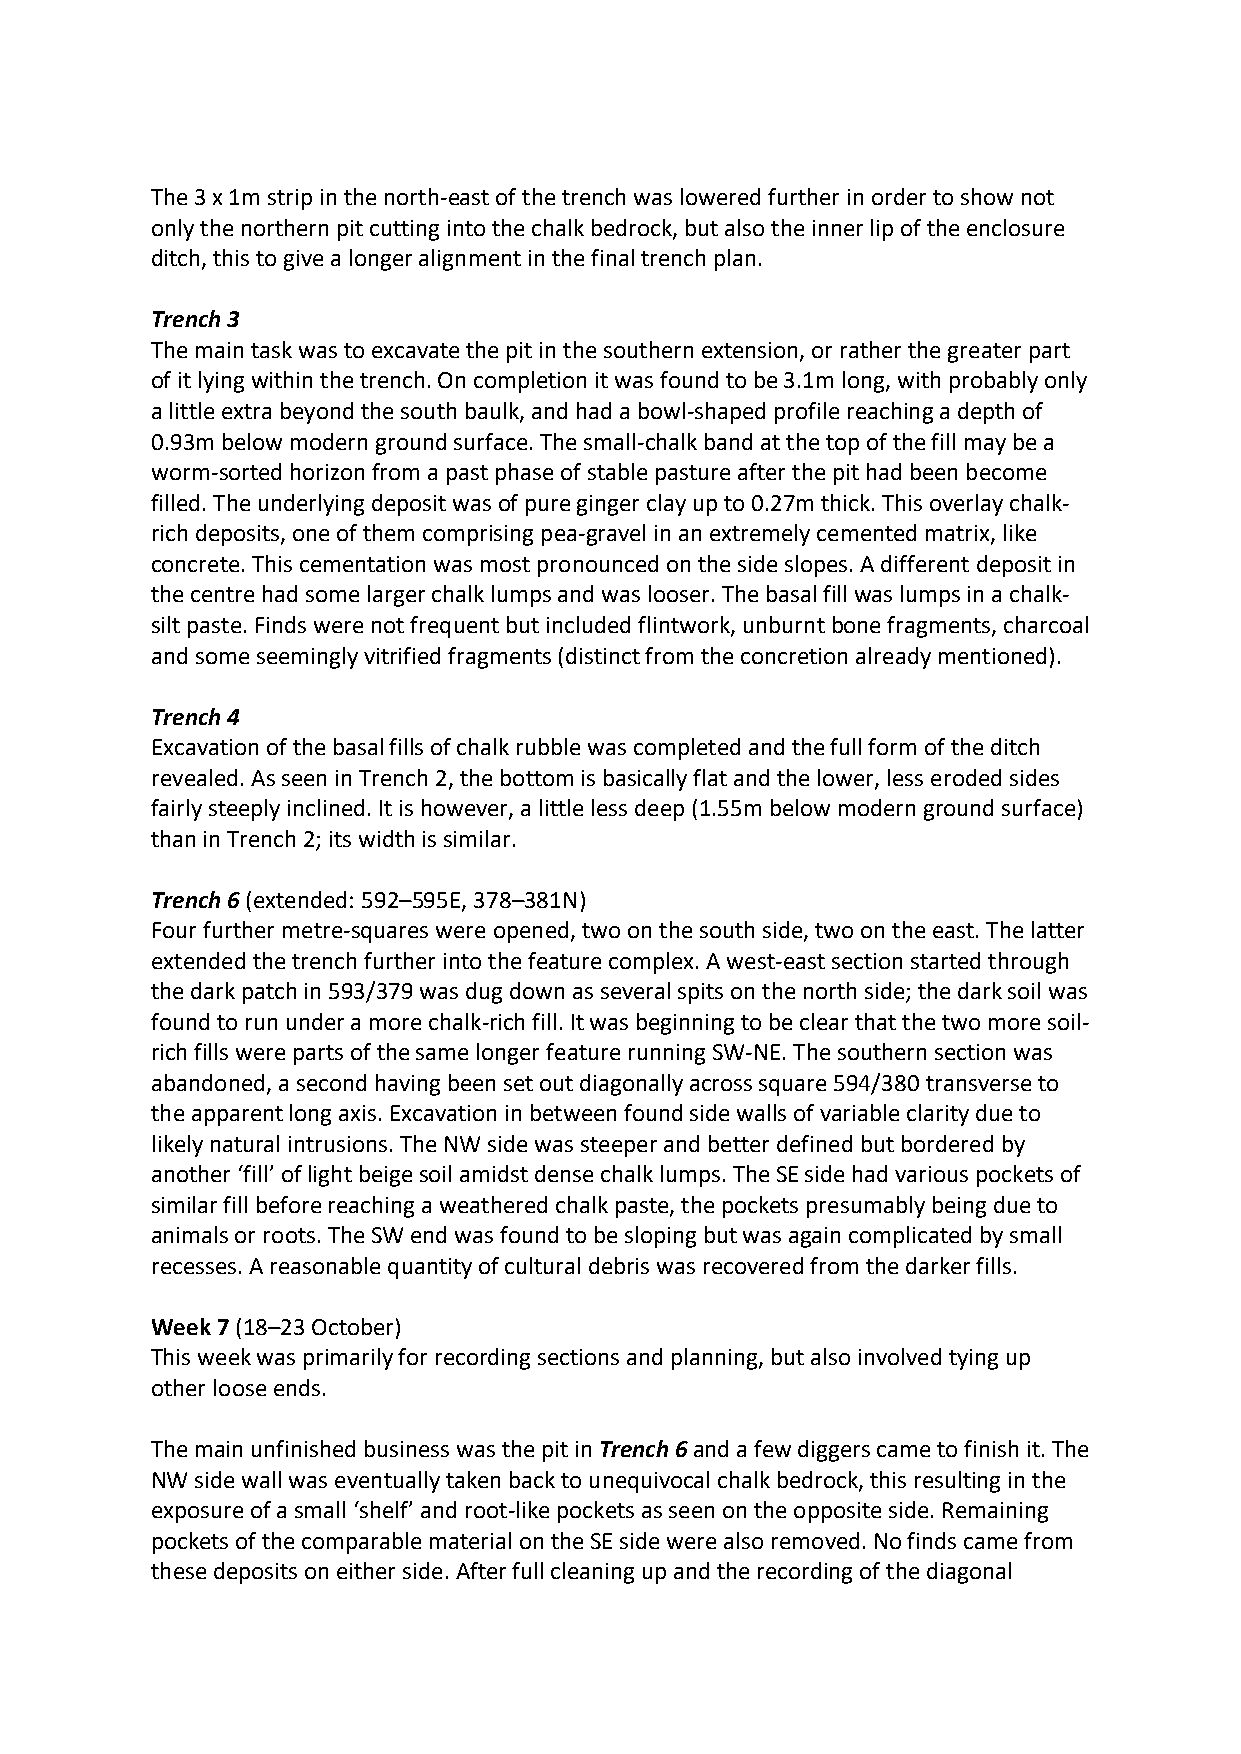
The 3 x 1m strip in the north-east of the trench was lowered further in order to show not
 only the northern pit cutting into the chalk bedrock, but also the inner lip of the enclosure
 ditch, this to give a longer alignment in the final trench plan.
 Trench 3
 The main task was to excavate the pit in the southern extension, or rather the greater part
 of it lying within the trench. On completion it was found to be 3.1m long, with probably only
 a little extra beyond the south baulk, and had a bowl-shaped profile reaching a depth of
 0.93m below modern ground surface. The small-chalk band at the top of the fill may be a
 worm-sorted horizon from a past phase of stable pasture after the pit had been become
 filled. The underlying deposit was of pure ginger clay up to 0.27m thick. This overlay chalk-
 rich deposits, one of them comprising pea-gravel in an extremely cemented matrix, like
 concrete. This cementation was most pronounced on the side slopes. A different deposit in
 the centre had some larger chalk lumps and was looser. The basal fill was lumps in a chalk-
 silt paste. Finds were not frequent but included flintwork, unburnt bone fragments, charcoal
 and some seemingly vitrified fragments (distinct from the concretion already mentioned).
 Trench 4
 Excavation of the basal fills of chalk rubble was completed and the full form of the ditch
 revealed. As seen in Trench 2, the bottom is basically flat and the lower, less eroded sides
 fairly steeply inclined. It is however, a little less deep (1.55m below modern ground surface)
 than in Trench 2; its width is similar.
 Trench 6 (extended: 592–595E, 378–381N)
 Four further metre-squares were opened, two on the south side, two on the east. The latter
 extended the trench further into the feature complex. A west-east section started through
 the dark patch in 593/379 was dug down as several spits on the north side; the dark soil was
 found to run under a more chalk-rich fill. It was beginning to be clear that the two more soil-
 rich fills were parts of the same longer feature running SW-NE. The southern section was
 abandoned, a second having been set out diagonally across square 594/380 transverse to
 the apparent long axis. Excavation in between found side walls of variable clarity due to
 likely natural intrusions. The NW side was steeper and better defined but bordered by
 another ‘fill’ of light beige soil amidst dense chalk lumps. The SE side had various pockets of
 similar fill before reaching a weathered chalk paste, the pockets presumably being due to
 animals or roots. The SW end was found to be sloping but was again complicated by small
 recesses. A reasonable quantity of cultural debris was recovered from the darker fills.
 Week 7 (18–23 October)
 This week was primarily for recording sections and planning, but also involved tying up
 other loose ends.
 The main unfinished business was the pit in Trench 6 and a few diggers came to finish it. The
 NW side wall was eventually taken back to unequivocal chalk bedrock, this resulting in the
 exposure of a small ‘shelf’ and root-like pockets as seen on the opposite side. Remaining
 pockets of the comparable material on the SE side were also removed. No finds came from
 these deposits on either side. After full cleaning up and the recording of the diagonal